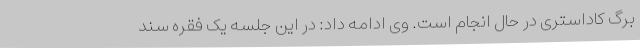
برگ کاداستری در حال انجام است. وی ادامه داد: در این جلسه یک فقره سند